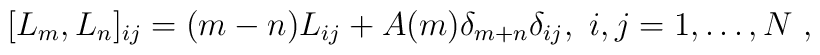
[L_m,L_n]_{ij}=(m-n)L_{ij}+A(m)\delta_{m+n}\delta_{ij},\ i,j=1,\dots, N \ ,